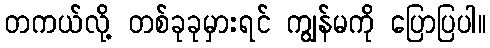
တကယ်လို့ တစ်ခုခုမှားရင် ကျွန်မကို ပြောပြပါ။